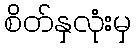
စိတ်နှလုံးမှ